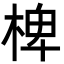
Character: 椑